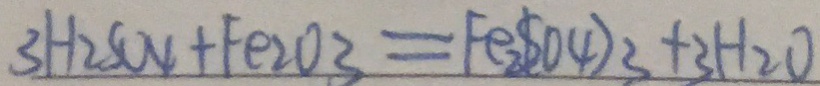
3 H _ { 2 } S O _ { 4 } + F e _ { 2 } O _ { 3 } = F e _ { 2 } ( S O _ { 4 } ) _ { 3 } + 3 H _ { 2 } O